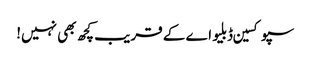
سپوکسین ڈبلیو اے کے قریب کچھ بھی نہیں!